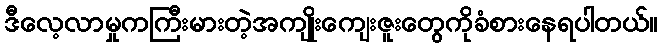
ဒီလေ့လာမှုကကြီးမားတဲ့အကျိုးကျေးဇူးတွေကိုခံစားနေရပါတယ်။